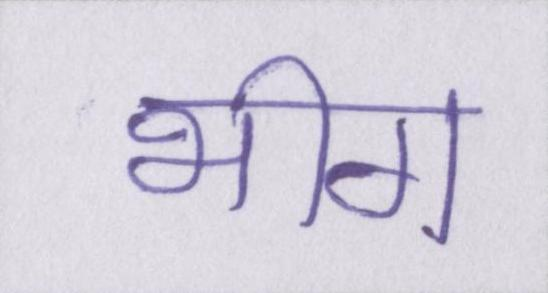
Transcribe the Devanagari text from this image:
भीग